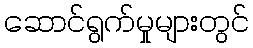
ဆောင်ရွက်မှုများတွင်